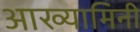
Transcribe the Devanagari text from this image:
आख्यामिनी